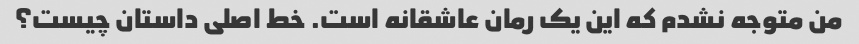
من متوجه نشدم که این یک رمان عاشقانه است. خط اصلی داستان چیست؟